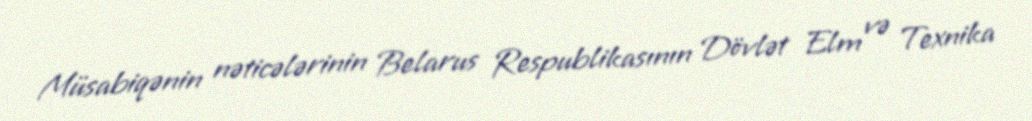
Müsabiqənin nəticələrinin Belarus Respublikasının Dövlət Elm və Texnika